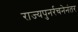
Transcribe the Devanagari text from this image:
राज्यपुनर्रचनेनंतर